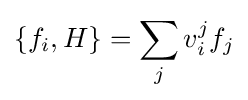
\{f_{i},H\}=\sum _{j}v_{i}^{j}f_{j}